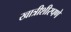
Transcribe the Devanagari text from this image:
खात्रीशीरपणे